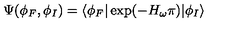
\Psi ( \phi _ { F } , \phi _ { I } ) = \langle \phi _ { F } | \exp ( { - H _ { \omega } \pi } ) | \phi _ { I } \rangle